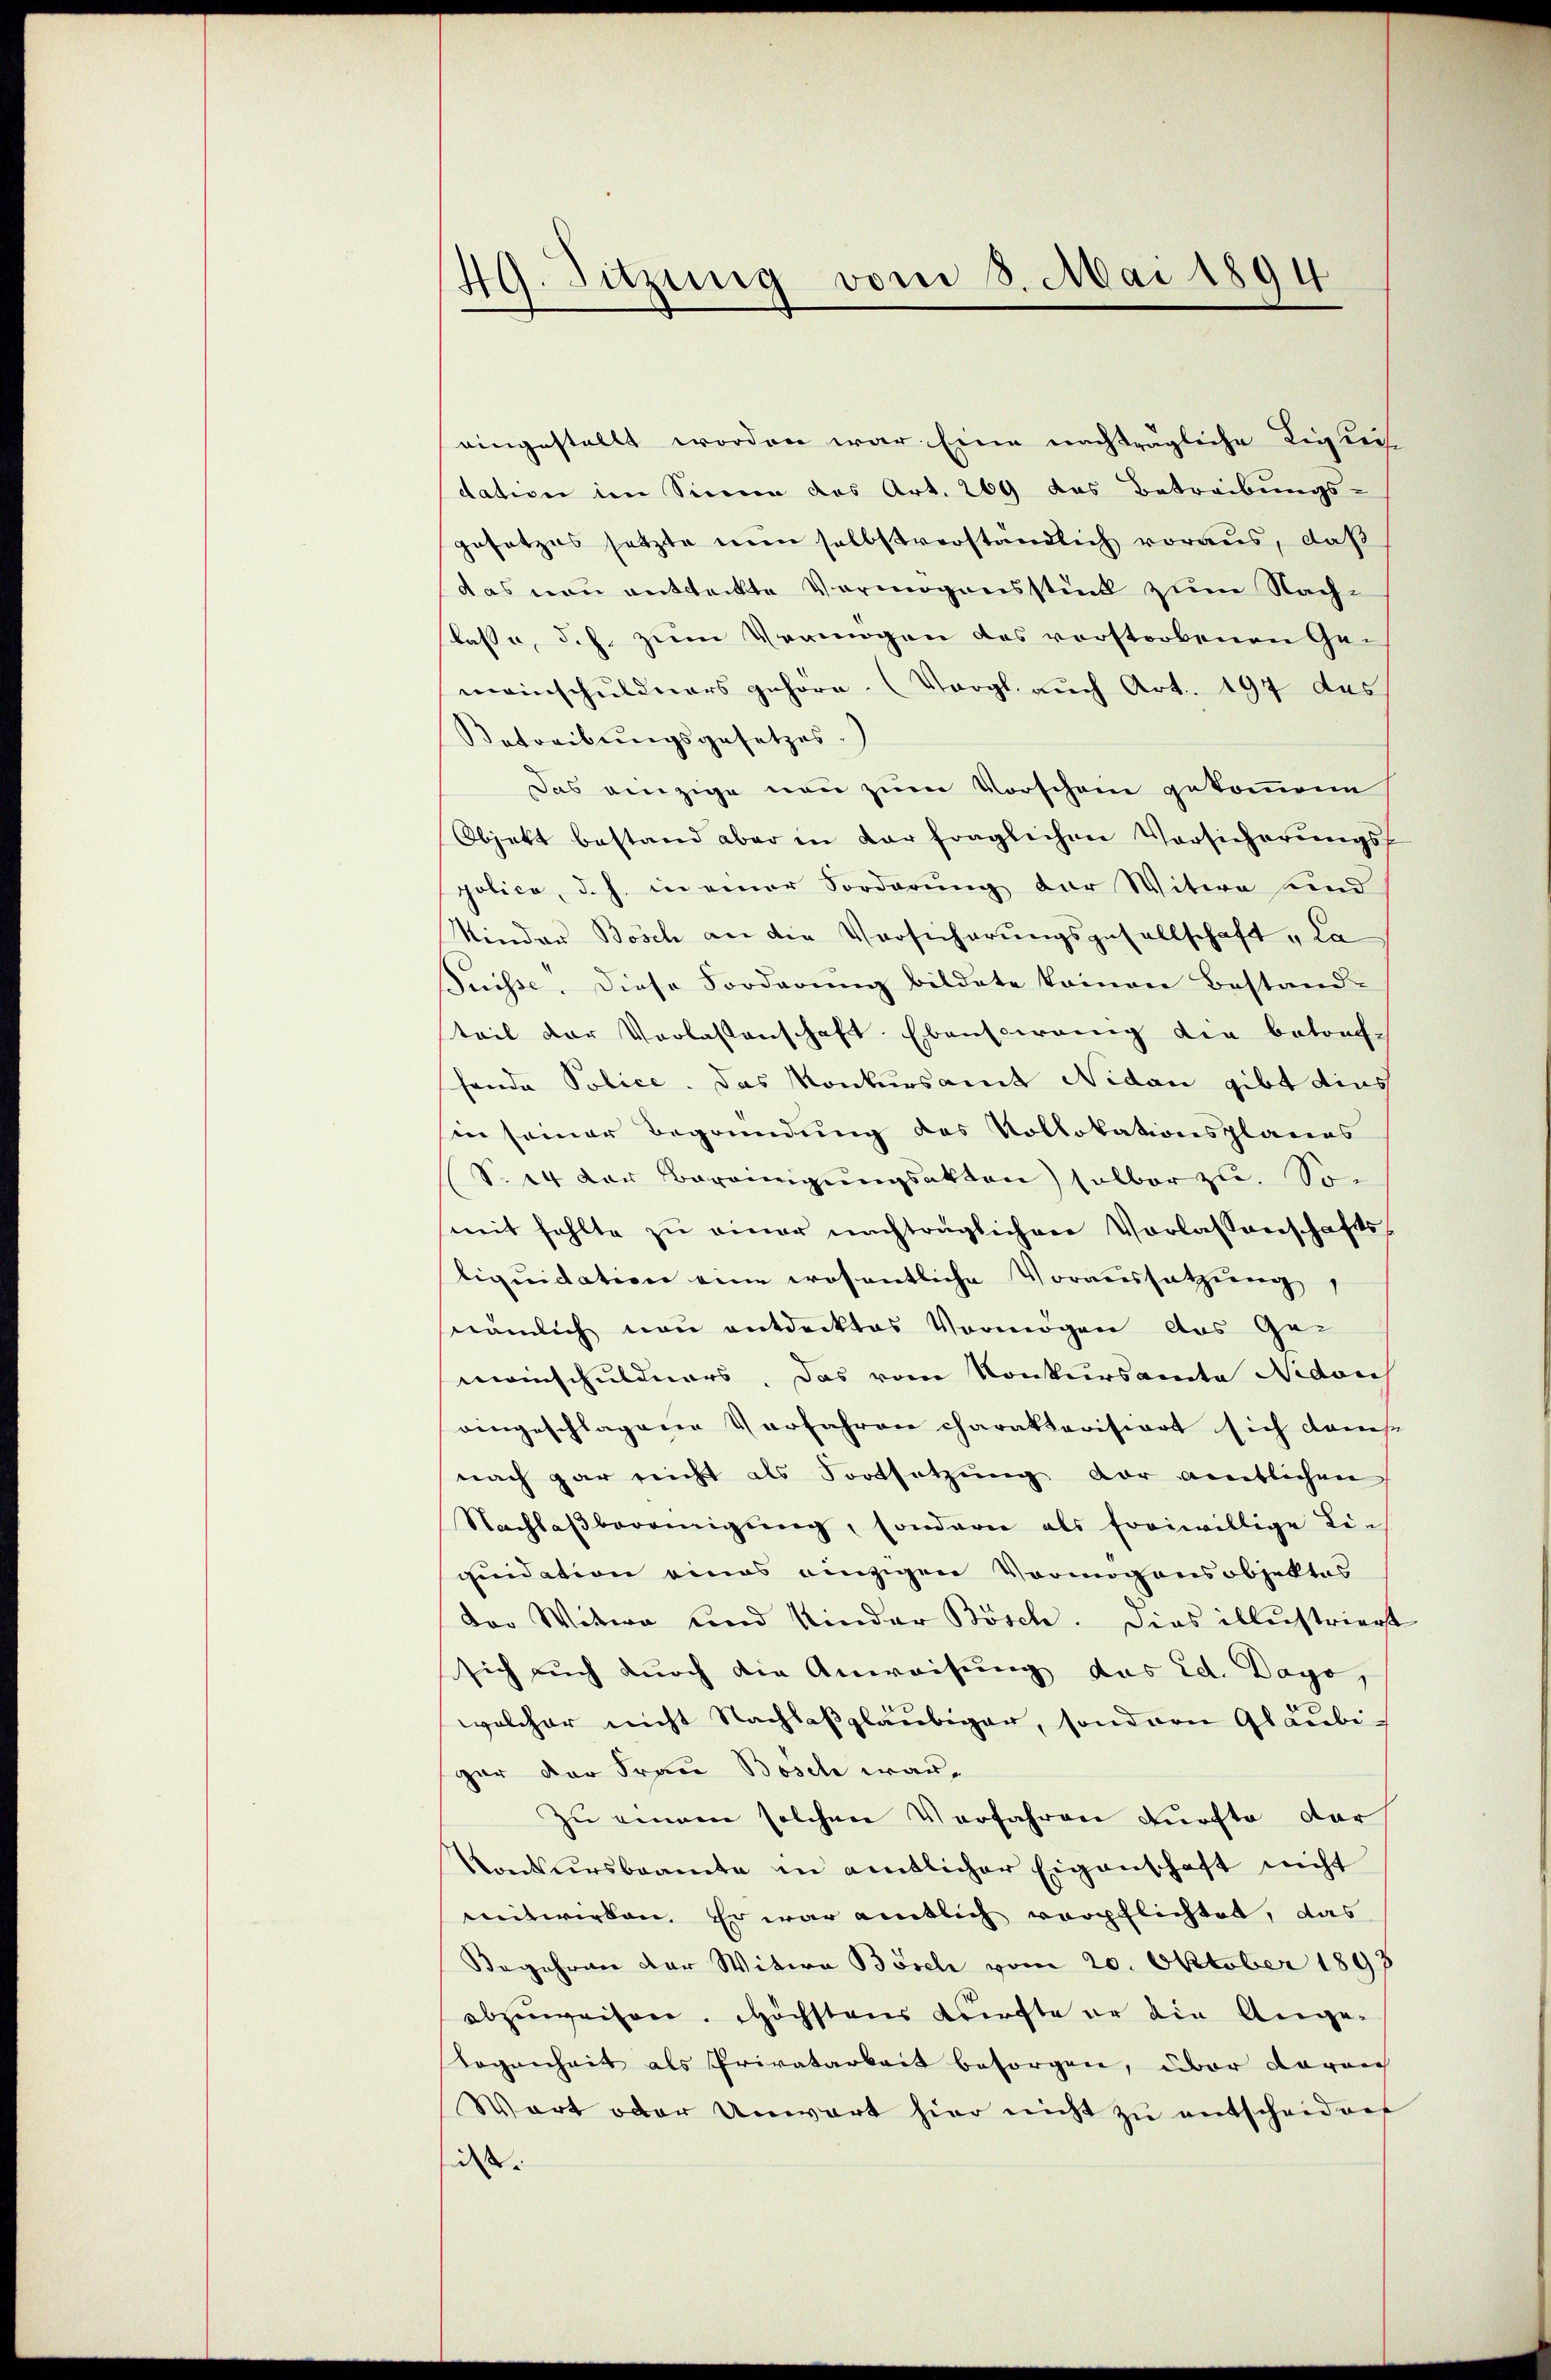
49. Sitzung vom 8. Mai 1894

eingestellt worden war Eine nachträgliche Ligkei
dation im Sinnen das Art. 269 das Betreibungs-
gesetzes setzte nun selbstverständlich voraus, daß
das non entdeckte Vermögensstück zum Nachlasse, d. h. zum Vermögen des vorstorbenen Gemeinschuldners gehöre. (Vergl. auch Art. 197 des
Betreibungsgesetzes.)
Das einzige neu zum Vorschein gekommene
Objekt bestand aber in dar fraglichen Vorsicherŭngsf
polica, d. h. in einer Forderung der Witwe sind
Minder Bösch an die Vorsicherungsgesellschaft „La
Puisse. Diese Forderung bildete keinen Bestand-
teil der Verlassenschaft. Ebensowenig die betref-
hande Police. Das Konkursamt Nidau gibt dies
hin seiner Begründung des Vollokationsplanes
(S. 24 der Bereinigŭngsakten selber zu. So
mit fehlte zŭ einer nachträglichen Vorlassenschafts
liquidation eine wesentliche Voraussatzung,
nämlich neu entdecktes Vermögen das Ge-
meinschuldners. Das vom Konkursamte Nidau
eingeschlagene Verfahren charakterisiert sich dans
nach gar reicht als Fortsetzung der amtlichen
Nachlaβbereinigŭng, sondern als freiwillige Lie
quidation eines einzigen Vermögensobjektes
Der Witwe und Kinder Bösch. Dies illustriert
sich auch durch die Anweisung das Ed. Dago,
welcher nicht Nachlaßgläubiger, sondern Gläubigar der Frau Bösch war¬
Zu einem solchen Verfahren dürfte dar
Konkursbeamte in amtlicher Eigenschaft nicht
eitwirken. Er war amtlich verpflichtet, das
Begehren der Witwe Bösch vom 20. Oktober 1893
abzuweisen. Höchstens Krirfte er die Ange-
Logenheit als Privatarbeit besorgen, über davon
Wart oder Unwart hier nicht zu entscheidert
de